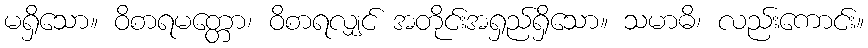
မရှိသော။ ဝိစာရမတ္တော၊ ဝိစာရလျှင် အတိုင်းအရှည်ရှိသော။ သမာဓိ၊ လည်းကောင်း။